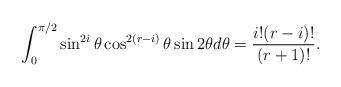
LaTeX: \begin{align*}\int_0^{\pi/2}\sin^{2i}\theta \cos^{2(r-i)}\theta\sin 2\theta d\theta=\frac{i! (r-i)!}{(r+1)!}.\end{align*}